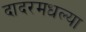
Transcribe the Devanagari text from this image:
दादरमधल्या